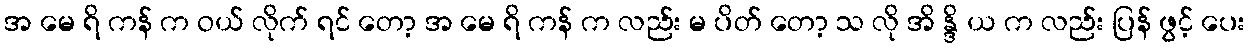
အ မေ ရိ ကန် က ဝယ် လိုက် ရင် တော့ အ မေ ရိ ကန် က လည်း မ ပိတ် တော့ သ လို အိ န္ဒိ ယ က လည်း ပြန် ဖွင့် ပေး